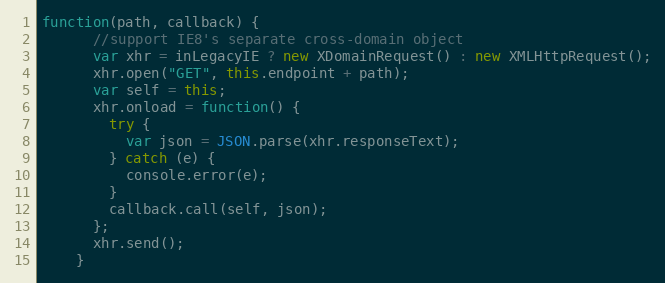
Language: JavaScript
function(path, callback) {
      //support IE8's separate cross-domain object
      var xhr = inLegacyIE ? new XDomainRequest() : new XMLHttpRequest();
      xhr.open("GET", this.endpoint + path);
      var self = this;
      xhr.onload = function() {
        try {
          var json = JSON.parse(xhr.responseText);
        } catch (e) {
          console.error(e);
        }
        callback.call(self, json);
      };
      xhr.send();
    }